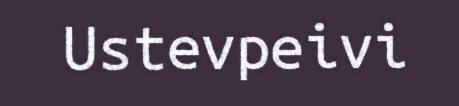
Ustevpeivi